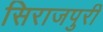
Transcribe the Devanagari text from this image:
सिराजपुरी